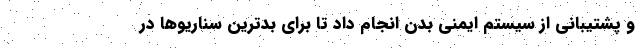
و پشتیبانی از سیستم ایمنی بدن انجام داد تا برای بدترین سناریوها در